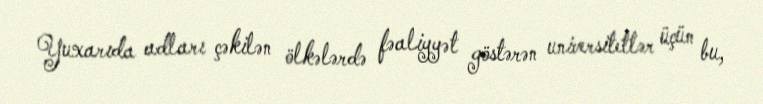
Yuxarıda adları çəkilən ölkələrdə fəaliyyət göstərən universitetlər üçün bu,